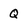
Character: Q